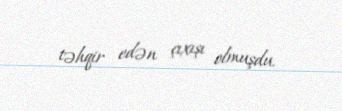
təhqir edən çıxışı olmuşdu.